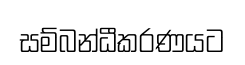
සම්බන්ධීකරණයට